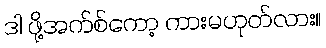
ဒါ ဖို့အက်စ်ကော့ ကားမဟုတ်လား။